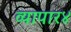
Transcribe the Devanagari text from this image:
व्यापार४